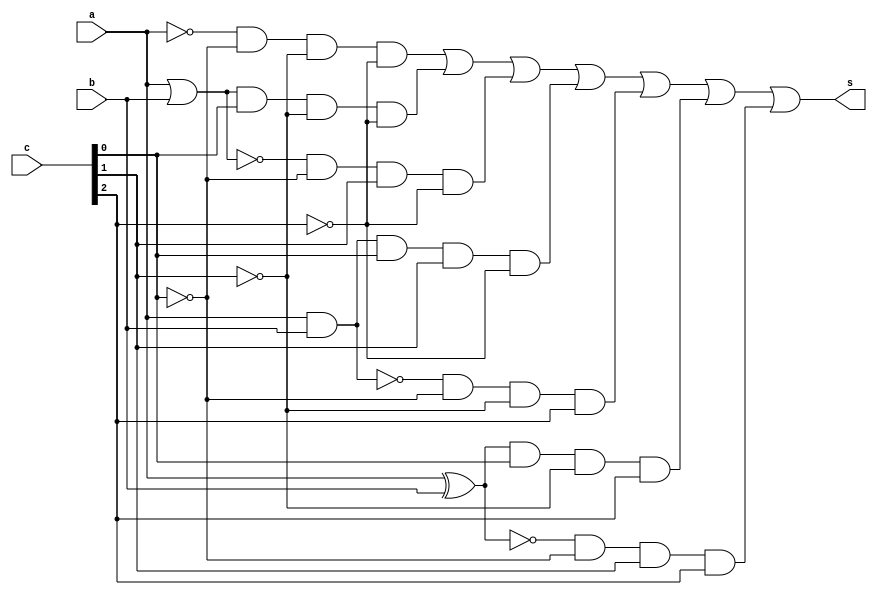
// ------------------------- 
// Exemplo0035 - F4
// Nome: Samuel Eusbio da Silva 
	
// ------------------------- 
// f4_gate 
// ------------------------- 
	
	module f4 (output s, input a, input b, input [2:0] c);

	wire s_and1;
	wire s_and2;
	wire s_and3;
	wire s_and4;
	wire s_and5;
	wire s_and6;
	wire s_and7;
	wire s_and8;
	wire s_xnor1;
	wire s_xor1;
	wire s_nor1;
	wire s_or1;
	wire s_nand1;
	
	not NOT1(s_not1, a);
	and AND2(s_and2, s_not1, ~c[0], ~c[1], ~c[2]);
	
	or OR1(s_or1, a, b);
	and AND3(s_and3, s_or1, c[0], ~c[1], ~c[2]);
		
	nor NOR1(s_nor1, a, b);
	and AND4(s_and4, s_nor1, ~c[0], c[1], ~c[2]);
	
	and AND1(s_and1, a, b);
	and AND5(s_and5, s_and1, c[0], c[1], ~c[2]);
	
	nand NAND1(s_nand1, a, b);
	and AND6(s_and6, s_nand1, ~c[0], ~c[1], c[2]);
	
	xor XOR1(s_xor1, a, b);
	and AND7(s_and7, s_xor1, c[0], ~c[1], c[2]);
		
 	xnor XNOR1(s_xnor1, a, b);
	and AND8(s_and8, s_xnor1, ~c[0], c[1], c[2]);
	
	or OR2(s, s_and2, s_and3, s_and4, s_and5, s_and6, s_and7, s_and8);
	
	endmodule // f4
	
	module test_f4;
	// ------------------------- definir dados
 	reg x; 
 	reg y; 
	reg [2:0] c;
	wire s; 
	 
	f4 modulo (s, x, y, c);
	
	// ------------------------- parte principal 
	initial begin 
	$display("Exemplo0035 - Samuel Eusbio da Silva - 435055"); 
	$display("Test LU's module"); 
		
   #1 x = 0; y = 0; c = 000;
	$monitor("Resultado Chave = %3b\n x = %1b \t y = %1b \t Resultado -> %1b\n", c, x, y, s);
	
	end
	endmodule // test_f4